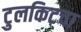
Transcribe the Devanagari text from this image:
टुलकिटचा